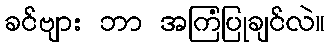
ခင်ဗျား ဘာ အကြံပြုချင်လဲ။